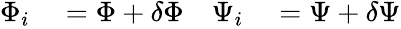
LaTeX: \begin{array}{rlrl}{\Phi_{i}}&{{}=\Phi+\delta\Phi}&{\Psi_{i}}&{{}=\Psi+\delta\Psi}\end{array}